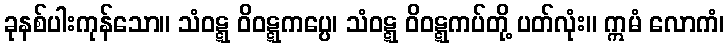
ခုနစ်ပါးကုန်သော။ သံဝဋ္ဋ ဝိဝဋ္ဋကပ္ပေ၊ သံဝဋ္ဋ ဝိဝဋ္ဋကပ်တို့ ပတ်လုံး။ ဣမံ လောကံ၊